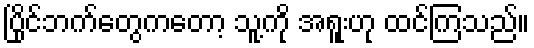
ပြိုင်ဘက်တွေကတော့ သူ့ကို အရူးဟု ထင်ကြသည်။